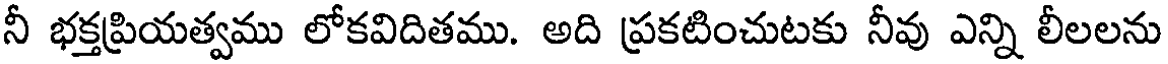
నీ భక్తప్రియత్వము లోకవిదితము. అది ప్రకటించుటకు నీవు ఎన్ని లీలలను